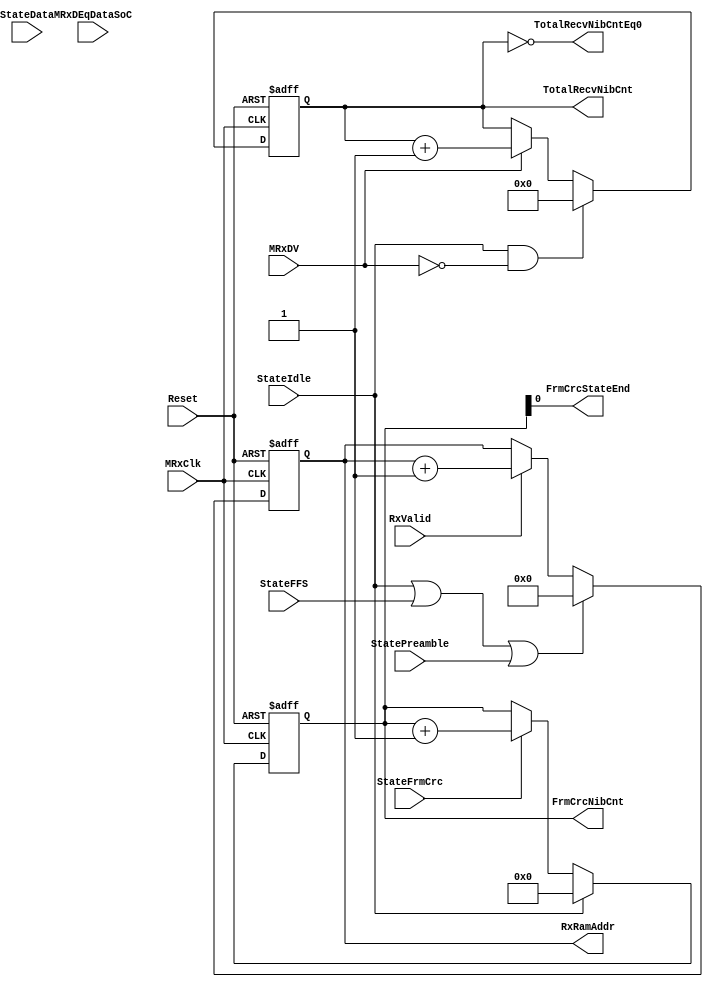
module fb_rxcounters 
  (
   MRxClk, Reset, MRxDV, RxValid,
   StateIdle, StateFFS, StatePreamble, StateData, StateFrmCrc,
   MRxDEqDataSoC, TotalRecvNibCntEq0, TotalRecvNibCnt, RxRamAddr, FrmCrcNibCnt, FrmCrcStateEnd
   );
input         MRxClk;
input         Reset;
input         MRxDV;
input         RxValid;
input         StateIdle;
input         StateFFS;
input         StatePreamble;
input  [1:0]  StateData;
input         StateFrmCrc;
input         MRxDEqDataSoC;
output        TotalRecvNibCntEq0;            
output [15:0] TotalRecvNibCnt;               
output [7: 0] RxRamAddr;
output [3: 0] FrmCrcNibCnt;
output        FrmCrcStateEnd;
reg   [15:0]  TotalRecvNibCnt;
reg   [7:0]   RxRamAddr;
reg   [3: 0]  FrmCrcNibCnt;
wire          ResetTotalRecvNibCnt;
wire          IncrementTotalRecvNibCnt;
assign        ResetTotalRecvNibCnt =  StateIdle & ~MRxDV;
assign        IncrementTotalRecvNibCnt =  MRxDV  ;
always @ (posedge MRxClk or posedge Reset)
begin
  if(Reset)
    TotalRecvNibCnt[15:0] <=  16'd0;
  else
    begin
      if(ResetTotalRecvNibCnt)
        TotalRecvNibCnt[15:0] <=  16'd0;
      else
      if(IncrementTotalRecvNibCnt)
        TotalRecvNibCnt[15:0] <=  TotalRecvNibCnt[15:0] + 16'd1;
     end
end
assign TotalRecvNibCntEq0       = TotalRecvNibCnt == 16'd0;
wire          ResetRxRamAddr;
wire          IncrementRxRamAddr;
assign ResetRxRamAddr =  StateIdle | StateFFS | StatePreamble;
assign IncrementRxRamAddr = RxValid ;
always @ (posedge MRxClk or posedge Reset)
begin
  if(Reset)
    RxRamAddr[7:0] <=  8'd0;
  else
    begin
      if(ResetRxRamAddr)
        RxRamAddr[7:0] <=  8'd0;
      else
      if(IncrementRxRamAddr)
        RxRamAddr[7:0] <=  RxRamAddr[7:0] + 8'd1;
     end
end
wire IncrementFrmCrcNibCnt;
wire ResetFrmCrcNibCnt;
assign IncrementFrmCrcNibCnt = StateFrmCrc ;
assign ResetFrmCrcNibCnt =  StateIdle ;
assign FrmCrcStateEnd    = FrmCrcNibCnt[0] ; 
always @ (posedge MRxClk or posedge Reset)
begin
  if(Reset)
    FrmCrcNibCnt <=  4'b0;
  else
    begin
      if(ResetFrmCrcNibCnt)
        FrmCrcNibCnt <=  4'b0;
      else
      if(IncrementFrmCrcNibCnt)
        FrmCrcNibCnt <=  FrmCrcNibCnt + 4'b0001;
     end
end
endmodule